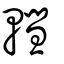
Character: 轊